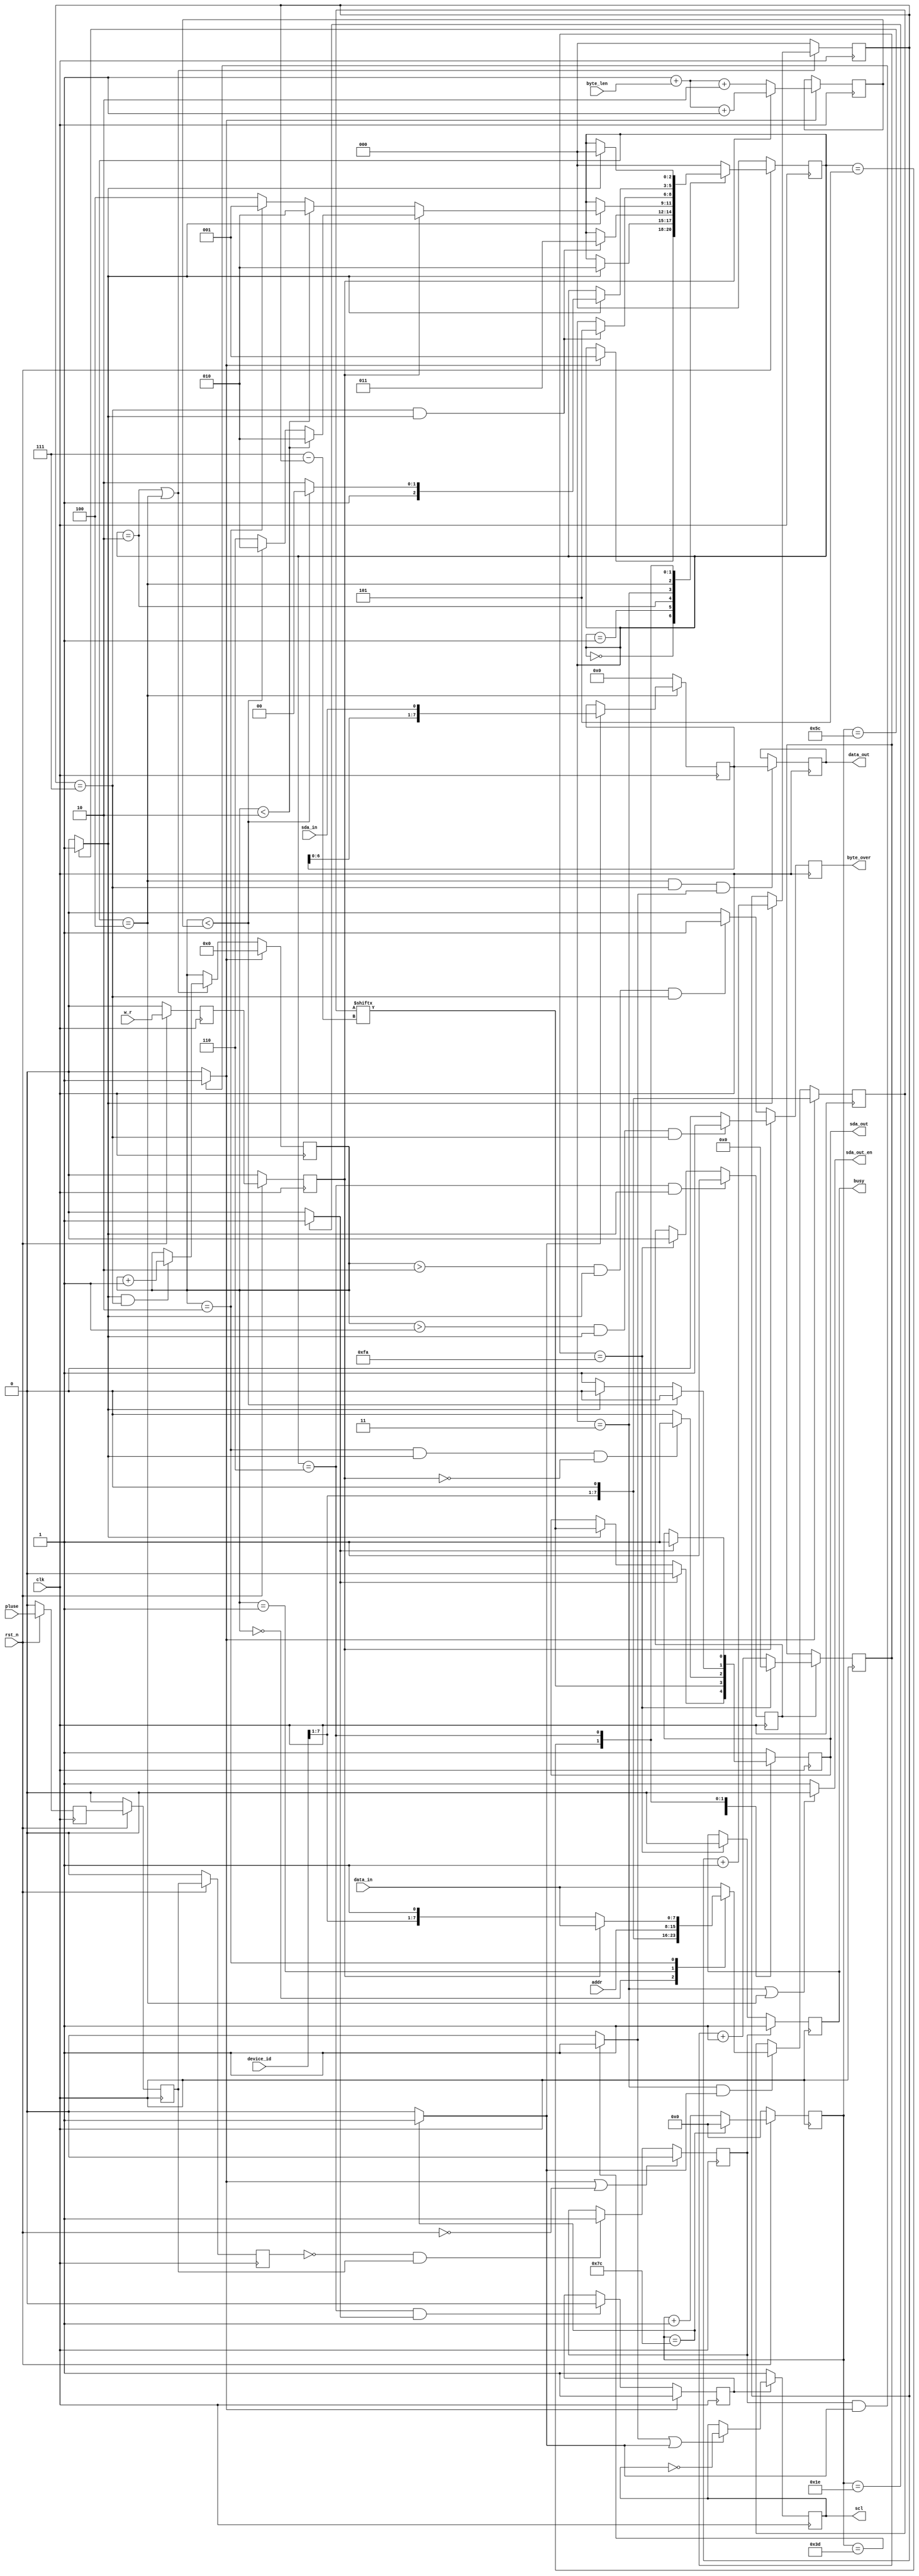
`define UD #1
module iic_dri#(
    parameter CLK_FRE   = 27'd50_000_000, //system clock frequency
    parameter IIC_FREQ  = 20'd400_000   , //I2c clock frequency
    parameter T_WR      = 10'd5         , //I2c transmit delay ms
    parameter ADDR_BYTE = 2'd1          , //I2C addr byte number
    parameter LEN_WIDTH = 8'd3          , //I2C transmit byte width
    parameter DATA_BYTE = 2'd1            //I2C data byte number
)(
    input   wire                        clk         ,
    input   wire                        rst_n       ,
    input   wire                        pluse       , //I2C transmit trigger
    input   wire    [7:0]               device_id   , //I2C divice id
    input   wire                        w_r         , //I2C transmit direction 1:send  0:receive
    input   wire    [LEN_WIDTH:0]       byte_len    , //I2C transmit data byte length of once trigger
                                                      
    input   wire    [ADDR_BYTE*8 - 1:0] addr        , //I2C transmit addr
    input   wire    [7:0]               data_in     , //I2C send data
                                                      
    output  reg                         busy=0      , //I2C bus status
    output  reg                         byte_over=0 , //I2C byte transmit over flag
                                                      
    output  reg     [7:0]               data_out    , //I2C receive data
                         
    output  wire                        scl         ,
    input   wire                        sda_in      ,
    output  reg                         sda_out=1'b1,
    output  wire                        sda_out_en  
);
/*************************parameter**************************/
localparam CLK_DIV      = CLK_FRE/IIC_FREQ      ; //
localparam ID_ADDR_BYTE = ADDR_BYTE + 1'b1      ; //deviceID
localparam DATA_SET     = CLK_DIV>>2            ; //data
localparam T_WR_DELAY   = T_WR*CLK_FRE/1000_000 ;

/****************************reg*****************************/
reg     [20:0]      fre_cnt     ; //iic clock time counter(=21'd0)

reg                 start_en    ;
reg                 pluse_1d    ;
reg                 pluse_2d    ;
reg                 pluse_3d    ;

reg                 w_r_1d=1'b0 ;
reg                 w_r_2d=1'b0 ;


reg     [2:0]           trans_bit = 3'd0        ;
reg     [LEN_WIDTH :0]  trans_byte = 5'd0       ;
reg     [LEN_WIDTH :0]  trans_byte_max = 5'd0   ;
reg                     restart = 1'b0          ;
reg     [7:0]           send_data=8'd0          ;
reg     [7:0]           receiv_data=8'd0        ;
reg                     trans_en=0              ;
reg                     trans_over=0            ;
reg                     scl_out= 1'b1           ;

reg                     twr_en=0                ;
reg     [26:0]          twr_cnt=0               ;

/****************************wire****************************/
wire                    full_cycle  ;
wire                    half_cycle  ;

wire                    start_h     ;
wire                    dsu         ;

wire                    start       ;

/********************combinational logic*********************/
assign full_cycle = (fre_cnt == CLK_DIV - 1'b1) ? 1'b1 : 1'b0; //SCL1SCL
assign half_cycle = (fre_cnt == (CLK_DIV>>1'b1) - 1'b1) ? 1'b1 : 1'b0; //SCL1/2SCL

assign start_h = (fre_cnt == DATA_SET - 1'b1) ? 1'b1 : 1'b0; //SDA 1/4SCL
assign dsu = (fre_cnt == (CLK_DIV>>1'b1) + DATA_SET - 1'b1) ? 1'b1 : 1'b0; //SDA3/4SCL

assign start = (start_en & full_cycle) ? 1'b1 : 1'b0;

assign scl = scl_out;

/***********************instantiation************************/


/****************************FSM*****************************/
localparam IDLE     = 3'd0;
localparam S_START  = 3'd1;
localparam SEND     = 3'd2;
localparam S_ACK    = 3'd3;
localparam RECEIV   = 3'd4;
localparam R_ACK    = 3'd5;
localparam STOP     = 3'd6;

reg     [2:0]       state       ;
reg     [2:0]       state_n     ;

always @(posedge clk)
begin
    if(!rst_n)
        state <= `UD IDLE;
    else
        state <= `UD state_n;
end

// next state set
always @(*)
begin
    state_n = state;
    case(state)
        IDLE  :
        begin
            if(start)
                state_n = S_START;
            else
                state_n = state;
        end
        S_START :
        begin
            if(dsu) 
                state_n = SEND;
            else
                state_n = state;
        end
        SEND  :
        begin
            if(trans_bit == 3'd7 & dsu)
                state_n = S_ACK;
            else
                state_n = state;
        end
        S_ACK :
        begin
            if(dsu)// & sda_in)
            begin
                if(w_r_2d)
                begin
                    if(trans_byte < ID_ADDR_BYTE)//ID+ADDR
                        state_n = SEND;
                    else if(trans_byte < trans_byte_max)//
                        state_n = SEND;
                    else//
                        state_n = STOP;
                end
                else
                begin
                    if(trans_byte < ID_ADDR_BYTE)//ID+ADDR
                        state_n = SEND;
                    else if(trans_byte == ID_ADDR_BYTE)//ID
                        state_n = S_START;
                    else//
                        state_n = RECEIV;
                end
            end
            else
                state_n = state;
        end
        RECEIV:
        begin
            if(trans_bit == 3'd7 & dsu)
                state_n = R_ACK;
            else
                state_n = state;
        end
        R_ACK :
        begin
            if(dsu)
            begin
                if(trans_byte < trans_byte_max)
                    state_n = RECEIV;
                else
                    state_n = STOP;
            end
            else
                state_n = state;
        end
        STOP  :
        begin
            if(dsu)
                state_n = IDLE;
            else
                state_n = state;
        end
        default: state_n = IDLE;
    endcase
end
    

/**************************process***************************/
always @(posedge clk)
begin
    if(!rst_n)
        fre_cnt <= `UD 21'd0;
    else if(fre_cnt == CLK_DIV - 1'b1)
        fre_cnt <= `UD 21'd0;
    else
        fre_cnt <= `UD fre_cnt + 1'b1;
end

/*---------------------------------------------------*/
always @(posedge clk)
begin
    if(!rst_n)
    begin
        pluse_1d <= `UD 1'b0;
        pluse_2d <= `UD 1'b0;
        pluse_3d <= `UD 1'b0;
    end
    else
    begin
        pluse_1d <= `UD pluse   ;
        pluse_2d <= `UD pluse_1d;//
        pluse_3d <= `UD pluse_2d;//
    end
end

always @ (posedge clk)
begin
    if(start || (!rst_n))//
        start_en <= `UD 1'b0;
    else if(~pluse_3d & pluse_2d)//
        start_en <= `UD 1'b1;
    else
        start_en <= `UD start_en;
end

/*---------------------------------------------------*/
always @(posedge clk)
begin
    if(!rst_n)
    begin
        w_r_1d <= `UD 1'b0;
        w_r_2d <= `UD 1'b0;
    end
    else
    begin
        w_r_1d <= `UD w_r;
        w_r_2d <= `UD w_r_1d;
    end
end

/*transmit status---------------------------------------------------*/
always @ (posedge clk)
begin
    if(start)//
        trans_en <= `UD 1'b1;
    else if(state == STOP && start_h)//STOP
        trans_en <= `UD 1'b0;
    else
        trans_en <= `UD trans_en;
end

/*IIC Bus status---------------------------------------------------*/
always @(posedge clk)
begin
    if(state == STOP && dsu)//STOP
        twr_en <= `UD 1'b1;
    else if(twr_cnt == T_WR_DELAY)//5ms
        twr_en <= `UD 1'b0;
    else
        twr_en <= `UD twr_en;    
end

always @(posedge clk)
begin
    if(twr_en)
    begin
        if(twr_cnt == T_WR_DELAY)//5ms
            twr_cnt <= `UD 1'b0;
        else
            twr_cnt <= `UD twr_cnt + 1'b1; 
    end
    else
        twr_cnt <= `UD twr_cnt;
end

always @(posedge clk)
begin
    if(start_en)  //busy
        busy <= `UD 1'b1;
    else if(twr_cnt == T_WR_DELAY)//busy
        busy <= `UD 1'b0;
    else
        busy <= `UD busy;
end

/*iic bus controller---------------------------------------------------*/
always @(posedge clk)
begin
    if(trans_en)
    begin
        if(half_cycle || full_cycle)
            scl_out <= ~scl_out;
        else
            scl_out <= scl_out;
    end
    else
        scl_out <= 1'b1;
end

assign sda_out_en = ((state == S_ACK) || (state == RECEIV)) ? 1'b0 : 1'b1;

//tx data control
always @(posedge clk)
begin
    if(start)//ID+
        send_data <= `UD {device_id[7:1],1'b0};//{ID}   
    else if(state == S_ACK && full_cycle) //SACK
    begin
        if(ADDR_BYTE == 2'd1)
        begin
            case(trans_byte)//
                5'd0 : send_data <= `UD {device_id[7:1],1'b0};
                5'd1 : send_data <= `UD addr[7:0];
                5'd2 : send_data <= `UD (w_r_2d) ? data_in : {device_id[7:1],1'b1};
                default: send_data <= `UD data_in;
            endcase
        end
        else
        begin
            case(trans_byte)//
                5'd0 : send_data <= `UD {device_id[7:1],1'b0};
                5'd1 : send_data <= `UD addr[ 7:0];
                5'd2 : send_data <= `UD addr[15:8];
                5'd3 : send_data <= `UD (w_r_2d) ? data_in : {device_id[7:1],1'b1};
                default: send_data <= `UD data_in;
            endcase
        end
    end
    else
        send_data <= `UD send_data;
end

//transmit byte number,contain device IDADDRDATA
always @(posedge clk)
begin
    if(start)
    begin
        if(w_r_2d)
            trans_byte_max <= `UD ADDR_BYTE + byte_len + 2'd1;
        else
            trans_byte_max <= `UD ADDR_BYTE + byte_len + 2'd2;
    end
    else
        trans_byte_max <= `UD trans_byte_max;
end

//sda out control
always @(posedge clk)
begin
    case(state)
        IDLE  ://
        begin
            sda_out <= `UD 1'b1;
        end
        S_START ://
        begin
            if(start_h)//
                sda_out <= `UD 1'b0;
            else if(dsu)//SCL
                sda_out <= `UD send_data[7-trans_bit];//
            else
                sda_out <= `UD sda_out;
        end
        SEND  :
        begin
            sda_out <= `UD send_data[7-trans_bit];//
        end
        S_ACK :
        begin
            if(trans_byte == ID_ADDR_BYTE && dsu && !w_r_2d)//S_START
                sda_out <= `UD 1'b1;
            else
                sda_out <= `UD 1'h0;
        end
        R_ACK :
        begin
            if(trans_byte < trans_byte_max)//ACK
                sda_out <= `UD 1'b0;
            else
            begin
                if(dsu)//ACKSTOPSDA
                    sda_out <= `UD 1'b0;
                else//
                    sda_out <= `UD 1'b1;
            end
        end
        STOP  :
        begin
            if(start_h)//
                sda_out <= `UD 1'b1;
            else
                sda_out <= `UD sda_out;
        end
        default: sda_out <= `UD 1'b1;
    endcase
end

// iic read data
always @(posedge clk)
begin
    if(state == RECEIV)
    begin
        if(full_cycle)//
            receiv_data <= `UD {receiv_data[6:0],sda_in};
        else
            receiv_data <= `UD receiv_data;
    end
    else
        receiv_data <= `UD 8'd0;
end

always @(posedge clk)
begin
    if(state == RECEIV && trans_bit == 3'd7 && half_cycle)//1byte
        data_out <= `UD receiv_data;
    else
        data_out <= `UD data_out;
end

//one byte data transmit over flag
always @(posedge clk)
begin
    if(w_r_2d)
    begin
        if(trans_byte > ID_ADDR_BYTE - 1'b1 && dsu && trans_bit == 3'd7)//
            byte_over <= `UD 1'b1;
        else
            byte_over <= `UD 1'b0;
    end
    else
    begin
        if(trans_byte > ID_ADDR_BYTE && dsu && trans_bit == 3'd7)//ID
            byte_over <= `UD 1'b1;
        else
            byte_over <= `UD 1'b0;
    end
end

always @(posedge clk)
begin
    if(state == SEND || state == RECEIV)
    begin
        if(dsu)
            trans_bit <= `UD trans_bit + 1'b1;
        else
            trans_bit <= `UD trans_bit;
    end
    else
        trans_bit <= `UD 3'd0;
end

always @(posedge clk)
begin
    if(start)//byte
        trans_byte <= `UD 5'd0;
    else if(state == SEND || state == RECEIV)//
    begin
        if(dsu && trans_bit == 3'd7)//1byte1
            trans_byte <= `UD trans_byte + 1'b1;
        else//
            trans_byte <= `UD trans_byte;
    end
    else//
        trans_byte <= `UD trans_byte;
end

endmodule